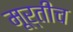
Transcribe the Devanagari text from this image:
मूर्तीच